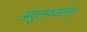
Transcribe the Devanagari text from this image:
अबुलफजलपुर